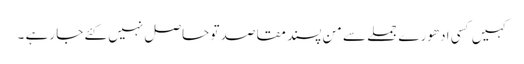
کہیں کسی ادھورے جملے سے من پسند مقاصد تو حاصل نہیں کئے جا رہے ۔